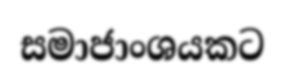
සමාජාංශයකට